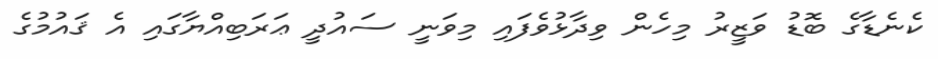
ކެނެޑާގެ ބޮޑު ވަޒީރު މިހެން ވިދާޅުވެފައި މިވަނީ ސައުދީ ޢަރަބިއްޔާގައި އެ ޤައުމުގެ